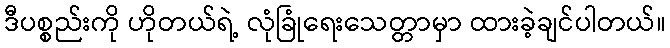
ဒီပစ္စည်းကို ဟိုတယ်ရဲ့ လုံခြုံရေးသေတ္တာမှာ ထားခဲ့ချင်ပါတယ်။